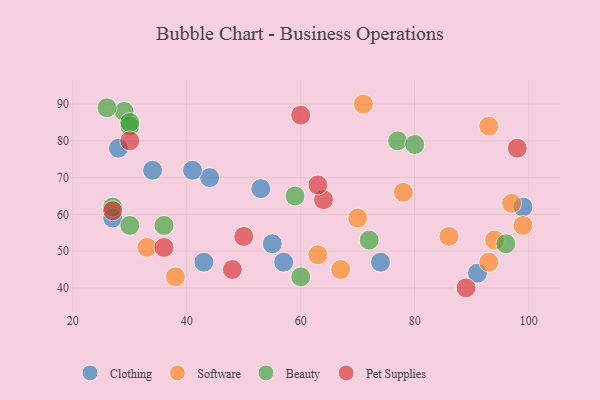
{"axis": {"x": "GDP", "y": "Life Expectancy"}, "legend": ["Beauty", "Clothing", "Pet Supplies", "Software"], "data": [{"x": "55", "y": 52, "type": "Clothing"}, {"x": "53", "y": 67, "type": "Clothing"}, {"x": "74", "y": 47, "type": "Clothing"}, {"x": "91", "y": 44, "type": "Clothing"}, {"x": "28", "y": 78, "type": "Clothing"}, {"x": "44", "y": 70, "type": "Clothing"}, {"x": "34", "y": 72, "type": "Clothing"}, {"x": "57", "y": 47, "type": "Clothing"}, {"x": "41", "y": 72, "type": "Clothing"}, {"x": "43", "y": 47, "type": "Clothing"}, {"x": "99", "y": 62, "type": "Clothing"}, {"x": "27", "y": 59, "type": "Clothing"}, {"x": "71", "y": 90, "type": "Software"}, {"x": "78", "y": 66, "type": "Software"}, {"x": "93", "y": 47, "type": "Software"}, {"x": "70", "y": 59, "type": "Software"}, {"x": "97", "y": 63, "type": "Software"}, {"x": "63", "y": 49, "type": "Software"}, {"x": "86", "y": 54, "type": "Software"}, {"x": "38", "y": 43, "type": "Software"}, {"x": "93", "y": 84, "type": "Software"}, {"x": "94", "y": 53, "type": "Software"}, {"x": "99", "y": 57, "type": "Software"}, {"x": "33", "y": 51, "type": "Software"}, {"x": "67", "y": 45, "type": "Software"}, {"x": "60", "y": 43, "type": "Beauty"}, {"x": "29", "y": 88, "type": "Beauty"}, {"x": "30", "y": 57, "type": "Beauty"}, {"x": "36", "y": 57, "type": "Beauty"}, {"x": "30", "y": 84, "type": "Beauty"}, {"x": "26", "y": 89, "type": "Beauty"}, {"x": "27", "y": 62, "type": "Beauty"}, {"x": "77", "y": 80, "type": "Beauty"}, {"x": "30", "y": 85, "type": "Beauty"}, {"x": "72", "y": 53, "type": "Beauty"}, {"x": "80", "y": 79, "type": "Beauty"}, {"x": "96", "y": 52, "type": "Beauty"}, {"x": "59", "y": 65, "type": "Beauty"}, {"x": "98", "y": 78, "type": "Pet Supplies"}, {"x": "50", "y": 54, "type": "Pet Supplies"}, {"x": "27", "y": 61, "type": "Pet Supplies"}, {"x": "64", "y": 64, "type": "Pet Supplies"}, {"x": "63", "y": 68, "type": "Pet Supplies"}, {"x": "36", "y": 51, "type": "Pet Supplies"}, {"x": "89", "y": 40, "type": "Pet Supplies"}, {"x": "60", "y": 87, "type": "Pet Supplies"}, {"x": "48", "y": 45, "type": "Pet Supplies"}, {"x": "30", "y": 80, "type": "Pet Supplies"}]}